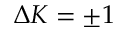
\Delta K = \pm 1